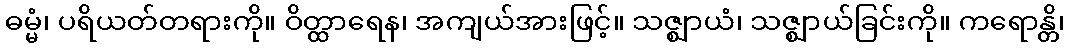
ဓမ္မံ၊ ပရိယတ်တရားကို။ ဝိတ္ထာရေန၊ အကျယ်အားဖြင့်။ သဇ္ဈာယံ၊ သဇ္ဈာယ်ခြင်းကို။ ကရောန္တိ၊